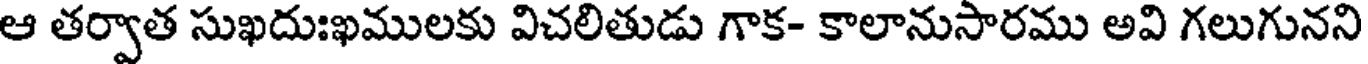
ఆ తర్వాత సుఖదుఃఖములకు విచలితుడు గాక- కాలానుసారము అవి గలుగునని